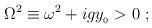
LaTeX: \begin{align*}\displaystyle{ \hspace{0ex} {\rm \Omega}^2\equiv\omega^2 + igy_{ {}_{0} } > 0 \ ; }\end{align*}